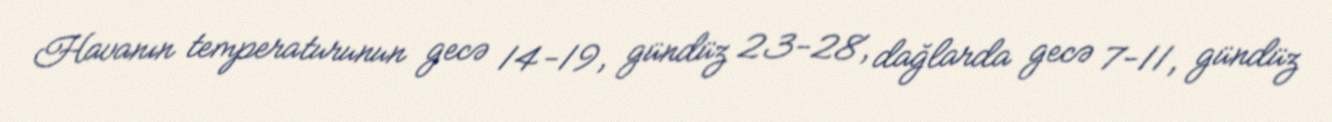
Havanın temperaturunun gecə 14-19, gündüz 23-28, dağlarda gecə 7-11, gündüz